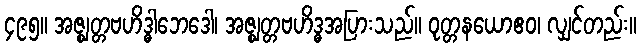
၄၉၅။ အဇ္ဈတ္တဗဟိဒ္ဓါဘေဒေါ၊ အဇ္ဈတ္တဗဟိဒ္ဓအပြားသည်။ ဝုတ္တနယောဧဝ၊ လျှင်တည်း။